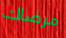
مرضاك